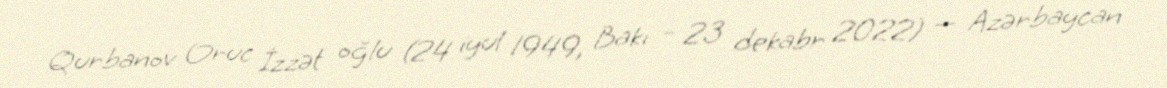
Qurbanov Oruc İzzət oğlu (24 iyul 1949, Bakı – 23 dekabr 2022) — Azərbaycan